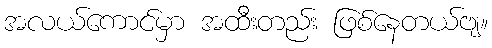
အလယ်ကောင်မှာ အထီးတည်း ဖြစ်နေတယ်ဗျ။